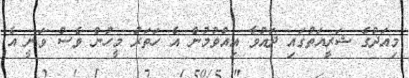
މިއަދުގެ ޝަރީއަތުގައި ދައުވާ އިއްވުމުން އެ ހަތަރު މީހުން ވެސް ވަނީ އެ